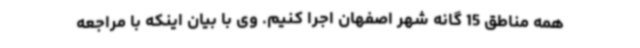
همه مناطق 15 گانه شهر اصفهان اجرا کنیم. وی با بیان اینکه با مراجعه